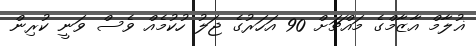
ޣުލާމް އާޒާމްގެ މައްޗަށް 90 އަހަރުގެ ޖަލު ހުކުމެއް ވެސް ވަނީ ކުރިން